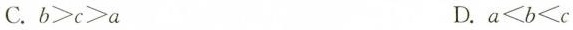
C.$$b > c > a$$ D.$$a < b < c$$